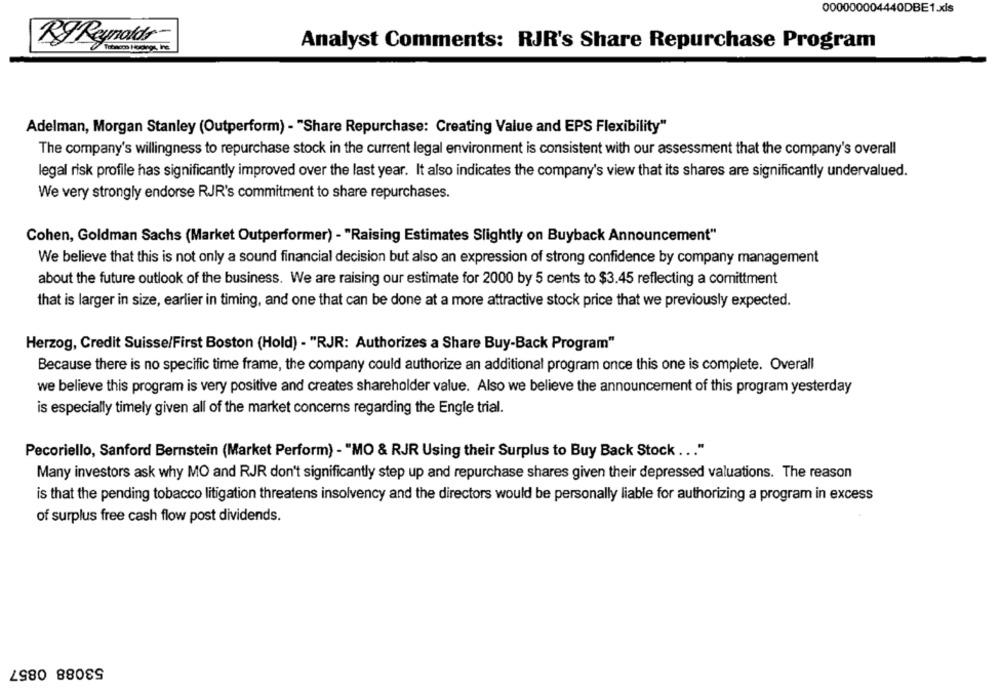
000000004440DBE1.xis
ByReynolds-
Analyst Comments: RJR's Share Repurchase Program
Adelman, Morgan Stanley (Outperform) - "Share Repurchase: Creating Value and EPS Flexibility"
The company's willingness to repurchase stock in the current legal environment is consistent with our assessment that the company's overall
legal risk profile has significantly improved over the last year. It also indicates the company's view that its shares are significantly undervalued.
We very strongly endorse RJR's commitment to share repurchases.
Cohen, Goldman Sachs (Market Outperformer) - "Raising Estimates Slightly on Buyback Announcement"
We believe that this is not only a sound financial decision but also an expression of strong confidence by company management
about the future outlook of the business. We are raising our estimate for 2000 by 5 cents to $3.45 reflecting a comittment
that is larger in size, earlier in timing, and one that can be done at a more attractive stock price that we previously expected.
Herzog, Credit Suisse/First Boston (Hold) - "RJR: Authorizes a Share Buy-Back Program"
Because there is no specific time frame, the company could authorize an additional program once this one is complete. Overall
we believe this program is very positive and creates shareholder value. Also we believe the announcement of this program yesterday
is especially timely given all of the market concerns regarding the Engle trial.
Pecoriello, Sanford Bernstein (Market Perform) - "MO & RJR Using their Surplus to Buy Back Stock ... "
Many investors ask why MO and RJR don't significantly step up and repurchase shares given their depressed valuations. The reason
is that the pending tobacco litigation threatens insolvency and the directors would be personally liable for authorizing a program in excess
of surplus free cash flow post dividends.
53088 0857